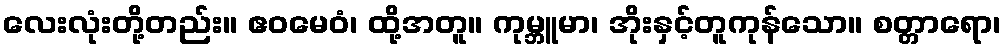
လေးလုံးတို့တည်း။ ဧဝမေဝံ၊ ထို့အတူ။ ကုမ္ဘူမာ၊ အိုးနှင့်တူကုန်သော။ စတ္တာရော၊